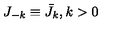
J _ { - k } \equiv \bar { J } _ { k } , k > 0